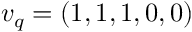
v _ { q } = ( 1 , 1 , 1 , 0 , 0 )